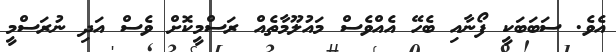
އެވެ. ސަބަބަކީ ފޯނާއި ބެހޭ އެއްވެސް މައުލޫމާތެއް ރަސްމީކޮށް ވެސް އަދި ނުރަސްމީ